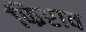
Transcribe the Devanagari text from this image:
फिराव